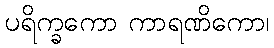
ပရိက္ခကော ကာရဏိကော၊